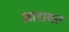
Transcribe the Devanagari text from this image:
आद्यसंत